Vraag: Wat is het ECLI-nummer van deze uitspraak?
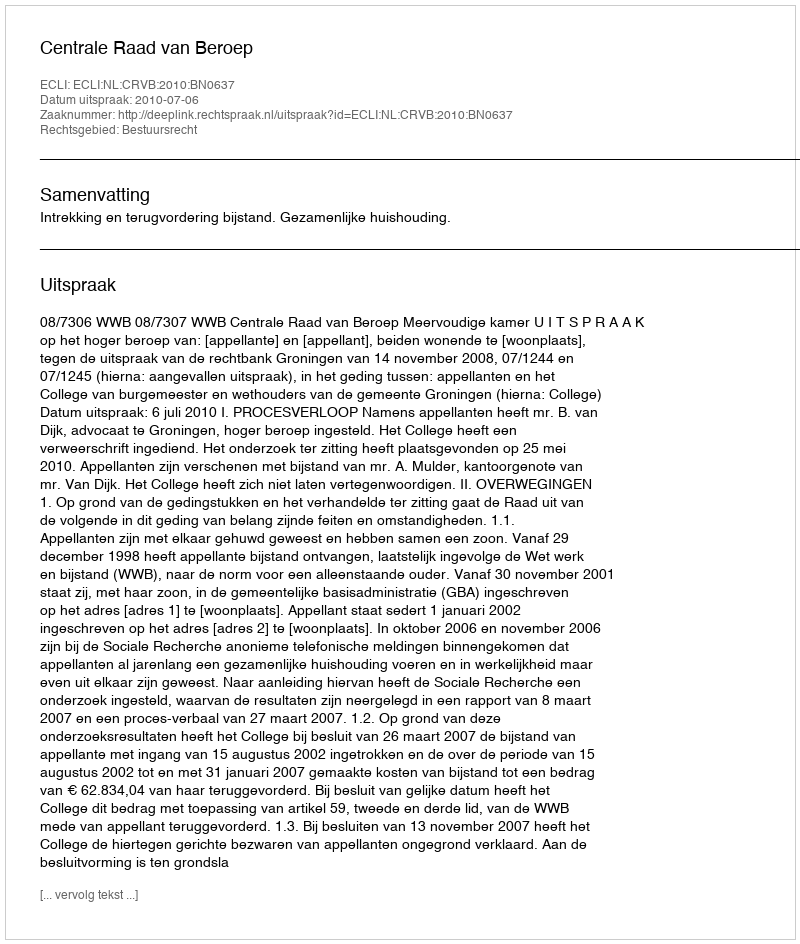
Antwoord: ECLI:NL:CRVB:2010:BN0637